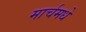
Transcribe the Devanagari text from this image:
मार्चमधे